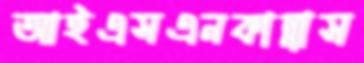
আইএসএনকান্নাস